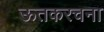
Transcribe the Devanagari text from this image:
ऊतकरचना